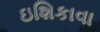
ઇશિકાવા